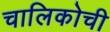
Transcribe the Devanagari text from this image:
चालिकोची